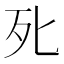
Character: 𭭽